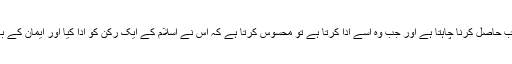
اس کے ادا کرنے سے ایک مسلمان اللہ سے تقرب حاصل کرنا چاہتا ہے اور جب وہ اُسے ادا کرتا ہے تو محسوس کرتا ہے کہ اس نے اسلام کے ایک رکن کو ادا کیا اور ایمان کے بہت سے شعبوں میں سے ایک شعبے کوپورا کیا۔